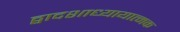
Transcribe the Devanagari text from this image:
द्वादशाध्यायात्मक